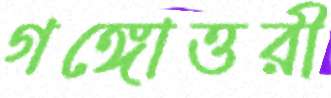
গঙ্গোত্তরী